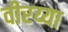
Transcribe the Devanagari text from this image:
वीरय्या